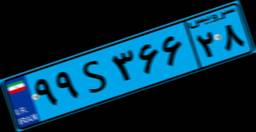
۹۹S۳۶۶۲۸